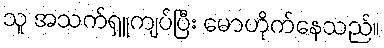
သူ အသက်ရှူကျပ်ပြီး မောဟိုက်နေသည်။